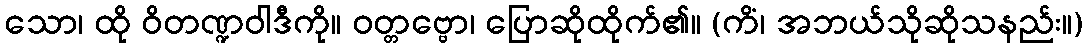
သော၊ ထို ဝိတဏ္ဍဝါဒီကို။ ဝတ္တဗ္ဗော၊ ပြောဆိုထိုက်၏။ (ကိံ၊ အဘယ်သိုဆိုသနည်း။)